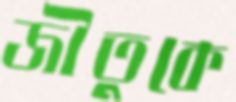
জীতুকে